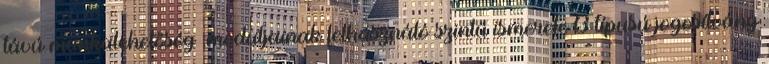
távú munkalehetőség .moduljainak felhasználó szintű ismerete B típusú jogosítvány